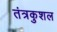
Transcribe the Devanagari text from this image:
तंत्रकुशल